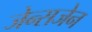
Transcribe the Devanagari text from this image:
जेन्सजेन